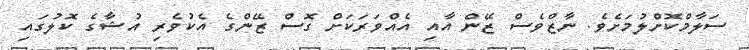
ސަލާމްކޮށްލުމަށެވެ. ނާޒްވެސް ޒޭން އާއި އެއްވަރަކަށް ގޮސް ޒޭންގެ އެކުވެރި އުޝާގެ ކޮލުގައި